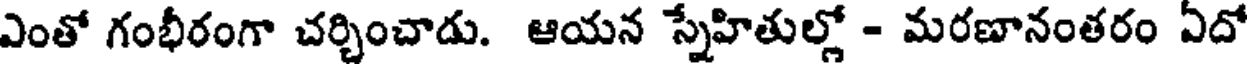
ఎంతో గంభీరంగా చర్చించాడు. ఆయన స్నేహితుల్లో - మరణానంతరం ఏదో